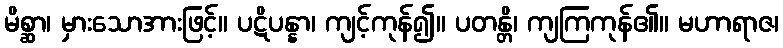
မိစ္ဆာ၊ မှားသောအားဖြင့်။ ပဋိပန္နာ၊ ကျင့်ကုန်၍။ ပတန္တိ၊ ကျကြကုန်၏။ မဟာရာဇ၊